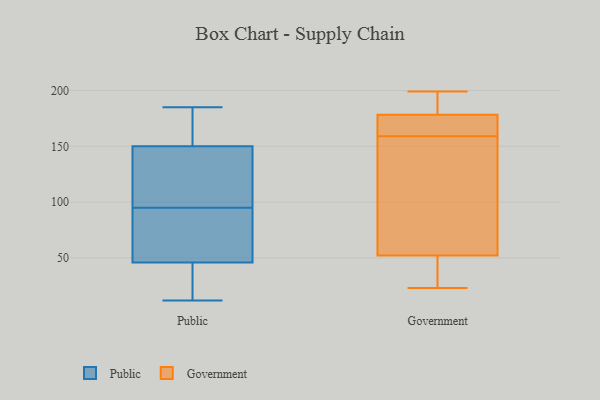
{"axis": {"x": "Temperature (°C)", "y": "Value"}, "legend": ["Government", "Public"], "data": [{"x": "", "y": 80, "type": "Public"}, {"x": "", "y": 137, "type": "Public"}, {"x": "", "y": 162, "type": "Public"}, {"x": "", "y": 12, "type": "Public"}, {"x": "", "y": 95, "type": "Public"}, {"x": "", "y": 108, "type": "Public"}, {"x": "", "y": 26, "type": "Public"}, {"x": "", "y": 169, "type": "Public"}, {"x": "", "y": 148, "type": "Public"}, {"x": "", "y": 156, "type": "Public"}, {"x": "", "y": 51, "type": "Public"}, {"x": "", "y": 126, "type": "Public"}, {"x": "", "y": 31, "type": "Public"}, {"x": "", "y": 72, "type": "Public"}, {"x": "", "y": 185, "type": "Public"}, {"x": "", "y": 16, "type": "Public"}, {"x": "", "y": 70, "type": "Public"}, {"x": "", "y": 199, "type": "Government"}, {"x": "", "y": 178, "type": "Government"}, {"x": "", "y": 23, "type": "Government"}, {"x": "", "y": 54, "type": "Government"}, {"x": "", "y": 196, "type": "Government"}, {"x": "", "y": 176, "type": "Government"}, {"x": "", "y": 172, "type": "Government"}, {"x": "", "y": 159, "type": "Government"}, {"x": "", "y": 59, "type": "Government"}, {"x": "", "y": 179, "type": "Government"}, {"x": "", "y": 39, "type": "Government"}, {"x": "", "y": 47, "type": "Government"}, {"x": "", "y": 112, "type": "Government"}]}